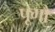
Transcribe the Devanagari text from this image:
पूगौ